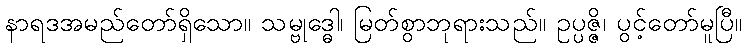
နာရဒအမည်တော်ရှိသော။ သမ္ဗုဒ္ဓေါ၊ မြတ်စွာဘုရားသည်။ ဥပ္ပဇ္ဇိ၊ ပွင့်တော်မူပြီ။